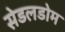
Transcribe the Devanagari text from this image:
सेडलडोम